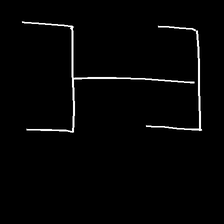
Glyph: entwine